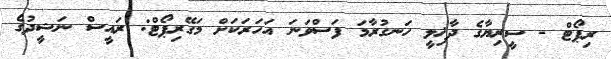
ރިޕޯޓް - ސީރިޔާގެ ދާޚިލީ ހަނގުރާމަ ފަސްވަނަ އަހަރަކަށް މަގޭރިޕޯޓް: ރައީސް ނަޝީދުގެ